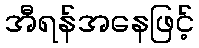
အီရန်အနေဖြင့်